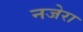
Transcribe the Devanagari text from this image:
नजेरा